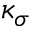
\kappa _ { \sigma }